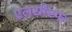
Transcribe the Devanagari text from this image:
एलसीएफ